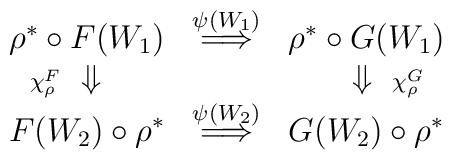
\begin{array}{ccc}\rho^* \circ F(W_1)  & \stackrel{ \psi(W_1) }{ \Longrightarrow }& \rho^* \circ G(W_1)  \\\makebox[0pt][r]{ $\scriptstyle{ \chi^F_{\rho} }$ } \Downarrow & &\Downarrow \makebox[0pt][l]{ $\scriptstyle{ \chi^G_{\rho} }$ } \\F(W_2) \circ \rho^* & \stackrel{ \psi(W_2) }{ \Longrightarrow }& G(W_2) \circ \rho^* \end{array}